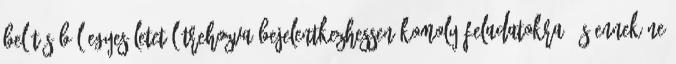
belátásából egyesületet létrehozva bejelentkezhessen komoly feladatokra, és ennek ne